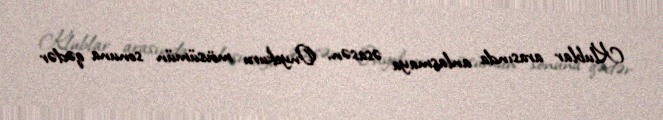
Klublar arasında anlaşmaya əsasən, Onyekuru mövsümün sonuna qədər